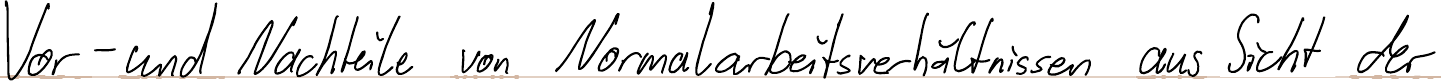
Vor- und Nachteile von Normalarbeitsverhältnissen aus Sicht der